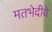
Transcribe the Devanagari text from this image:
मतभेदीये